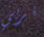
تربي